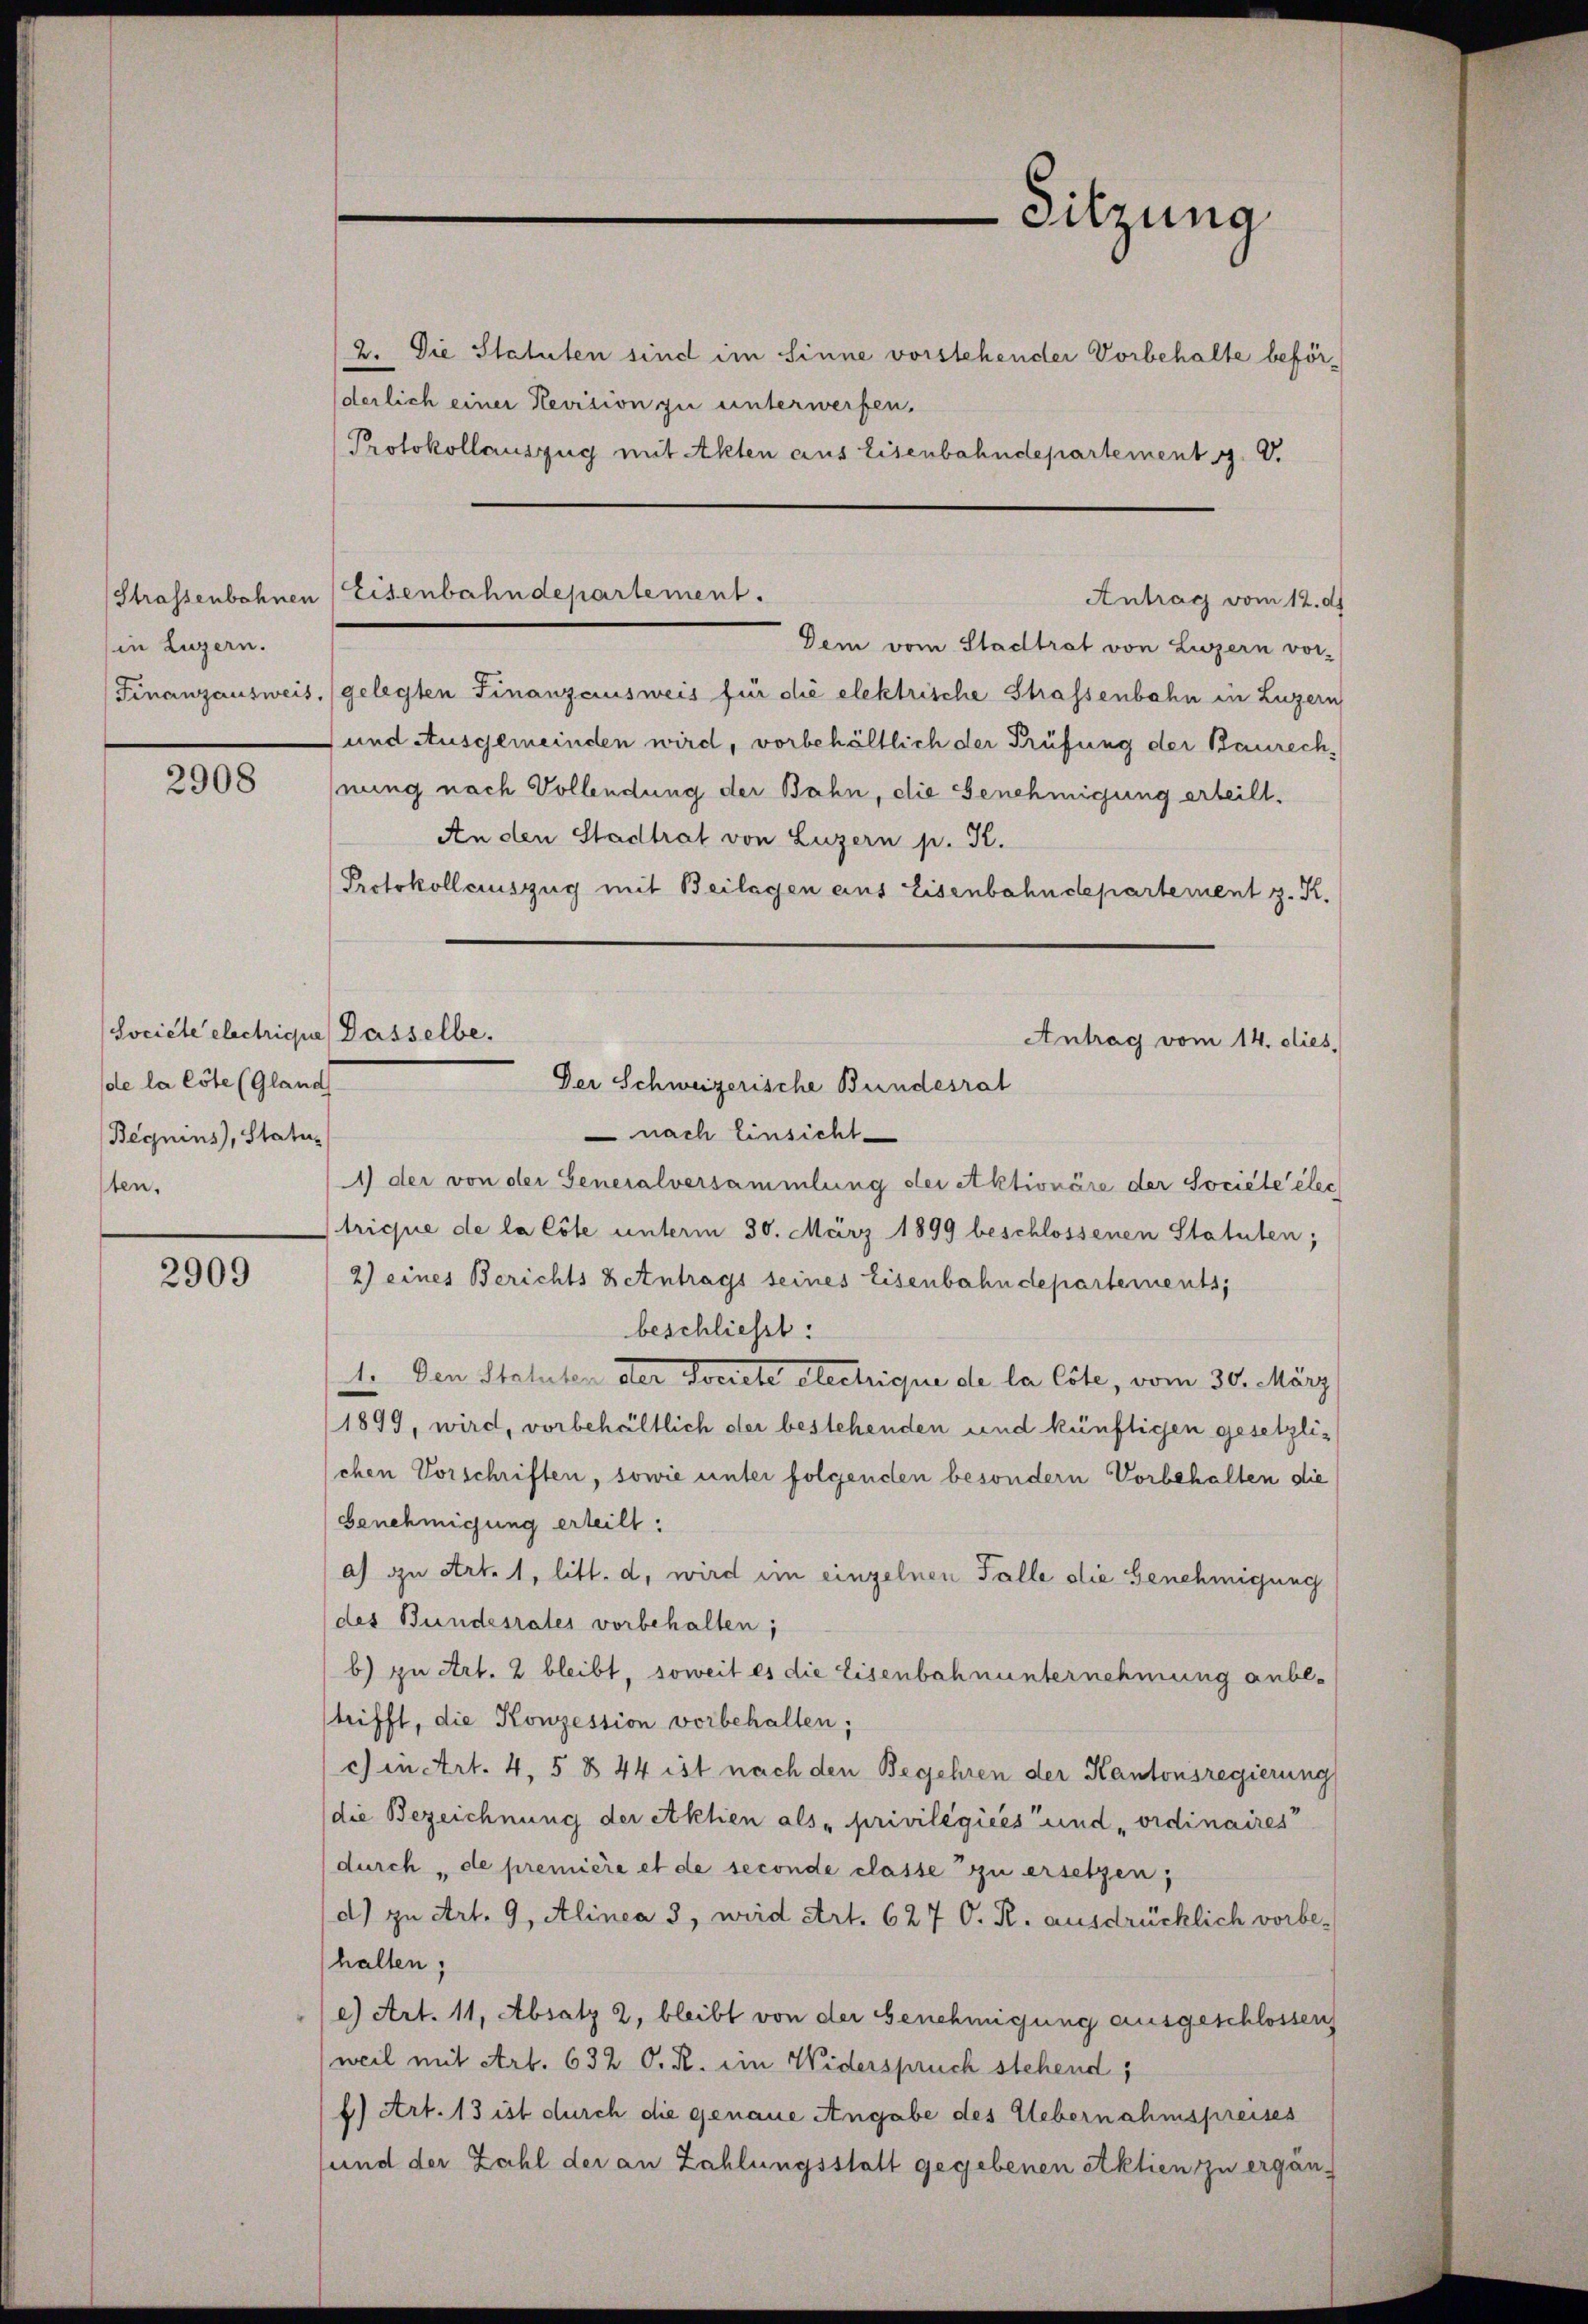
Strassenbahnen
in Luzern.

2908

Societe electrich
de la löte (Gland
Beguins, Status
ten.

2909

2. Die Statuten sind im Sinne vorstehender Vorbehalte beförderlich einer Revision zu unterwerfen.
Protokollauszug mit Akten aus Eisenbahndepartement J. V.

Finanzausweis, gelegten Finanzausweis für die elektrische Strassenbahn in Luzern
und Ausgemeinden wird, vorbehältlich der Prüfung der Baurech-
nung nach Vollendung der Bahn, die Genehmigung erteilt.
An den Stadtrat von Luzern p. K.
Protokollauszug mit Beilagen aus Eisenbahndepartement z. R.

-Sitzung

Eisenbahndepartement.
Antrag vom 12. d.
Dem vom Stadtrat von Luzern vor-

Dasselbe.
Antrag vom 14. dies,
Der Schweizerische Bundesrat

nach Einsicht
1) der von der Generalversammlung der Aktionäre der Societe elec
trique de la Cöle unterm 30. März 1899 beschlossenen Statuten;
2) eines Berichts Betntrags seines Eisenbahndepartements;
beschließt:
1. Den Statuten der Dreiete etectrique de la lite, vom 30. März
1899, wird, vorbehältlich der bestehenden und künftigen gesetzlichen Vorschriften, sowie unter folgenden besondern Vorbehalten die
Genehmigung erteilt:
a) zu Art. 1, litt. d, wird im einzelnen Falle die Genehmigung
des Bundesrates vorbehalten;
b) zu Art. 2 bleibt, soweit es die Eisenbahnunternehmung anbestrifft, die Konzession vorbehalten;
ch in Art. 4, 5 § 44 ist nach den Begehren der Kantonsregierung
die Bezeichnung der Aktien als privilégiées und „ordinaires“
durch „de première et de seconde classe zu ersetzen;
d) zu Art. 9, Alinea 3, wird Art. 627 O. R. ausdrücklich vorbehalten;
e) Art. 11, Absatz 2, bleibt von der Genehmigung ausgeschlossen
weil mit Art. 632 O. R. ein Widerspruch stehend,
f) Art. 13 ist durch die genaue Angabe des Uebernahmspreises
und der Zahl der an Zahlungsstatt gegebenen Aktien zu ergän-